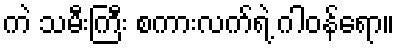
ကဲ သမီးကြီး စကားလက်ရဲ့ ဂါဝန်ရော။